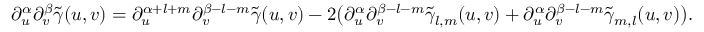
\partial _ { u } ^ { \alpha } \partial _ { v } ^ { \beta } \tilde { \gamma } ( u , v ) = \partial _ { u } ^ { \alpha + l + m } \partial _ { v } ^ { \beta - l - m } \tilde { \gamma } ( u , v ) - 2 \big ( \partial _ { u } ^ { \alpha } \partial _ { v } ^ { \beta - l - m } \tilde { \gamma } _ { l , m } ( u , v ) + \partial _ { u } ^ { \alpha } \partial _ { v } ^ { \beta - l - m } \tilde { \gamma } _ { m , l } ( u , v ) \big ) .